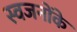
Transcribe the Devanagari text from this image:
स्वजनोंके